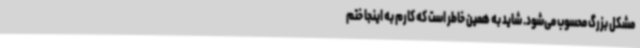
مشکل بزرگ محسوب می‌شود. شاید به همین خاطر است که کارم به اینجا ختم